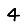
Digit: 4